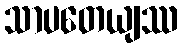
သာပတေယျဿ